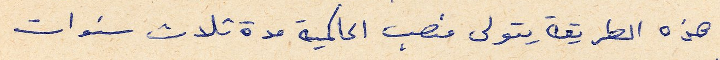
هذه الطريقة يتولى منصب الحاكمية مدة ثلاث سنوات